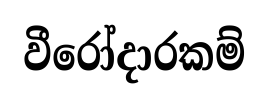
වීරෝදාරකම්